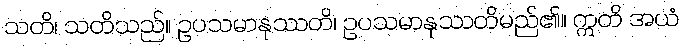
သတိ၊ သတိသည်။ ဥပသမာနုဿတိ၊ ဥပသမာနုဿတိမည်၏။ ဣတိ အယံ